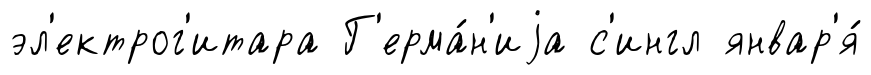
эл'ектрог'итара Г'ерма́н'иjа с'ингл январ'я́